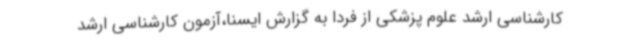
کارشناسی ارشد علوم پزشکی از فردا به گزارش ایسنا،آزمون کارشناسی ارشد